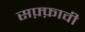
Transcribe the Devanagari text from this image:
सफ़्फ़ावी